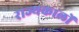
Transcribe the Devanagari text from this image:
राज्यकालों